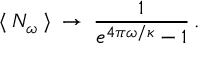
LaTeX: \: \langle \: N _ { \omega } \: \rangle \: \rightarrow \: \frac { 1 } { e ^ { 4 \pi \omega / \kappa } - 1 } \, . \: